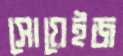
সোয়েইজ